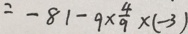
= - 8 1 - 9 \times \frac { 4 } { 9 } \times ( - 3 )